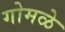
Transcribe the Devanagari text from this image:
गोमळे